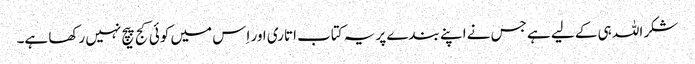
شکر اللہ ہی کے لیے ہے جس نے اپنے بندے پر یہ کتاب اتاری اور اِس میں کوئی کج پیچ نہیں رکھا ہے۔